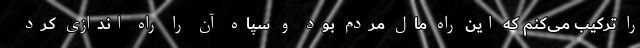
را ترکیب می‌کنم که این راه مال مردم بود و سپاه آن را راه اندازی کرد